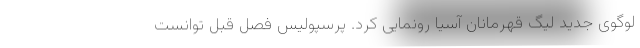
لوگوی جدید لیگ قهرمانان آسیا رونمایی کرد. پرسپولیس فصل قبل توانست